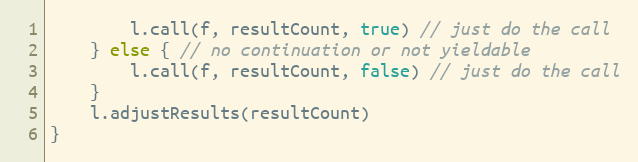
Language: Go
		l.call(f, resultCount, true) // just do the call
	} else { // no continuation or not yieldable
		l.call(f, resultCount, false) // just do the call
	}
	l.adjustResults(resultCount)
}